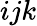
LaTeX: ijk